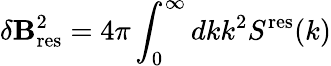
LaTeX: \delta\mathbf{B}_{\mathrm{{res}}}^{2}=4\pi\int_{0}^{\infty}dkk^{2}S^{\mathrm{{res}}}(k)